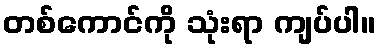
တစ်ကောင်ကို သုံးရာ ကျပ်ပါ။